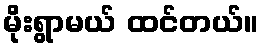
မိုးရွာမယ် ထင်တယ်။